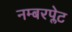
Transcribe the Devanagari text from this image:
नम्बरप्लेट